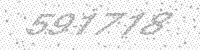
Solution: 591718